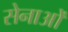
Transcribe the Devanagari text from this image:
सेनाओें